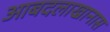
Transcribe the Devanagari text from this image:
आबदलाखानास